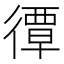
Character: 𢕯